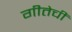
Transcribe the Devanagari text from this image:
गीतेचीं